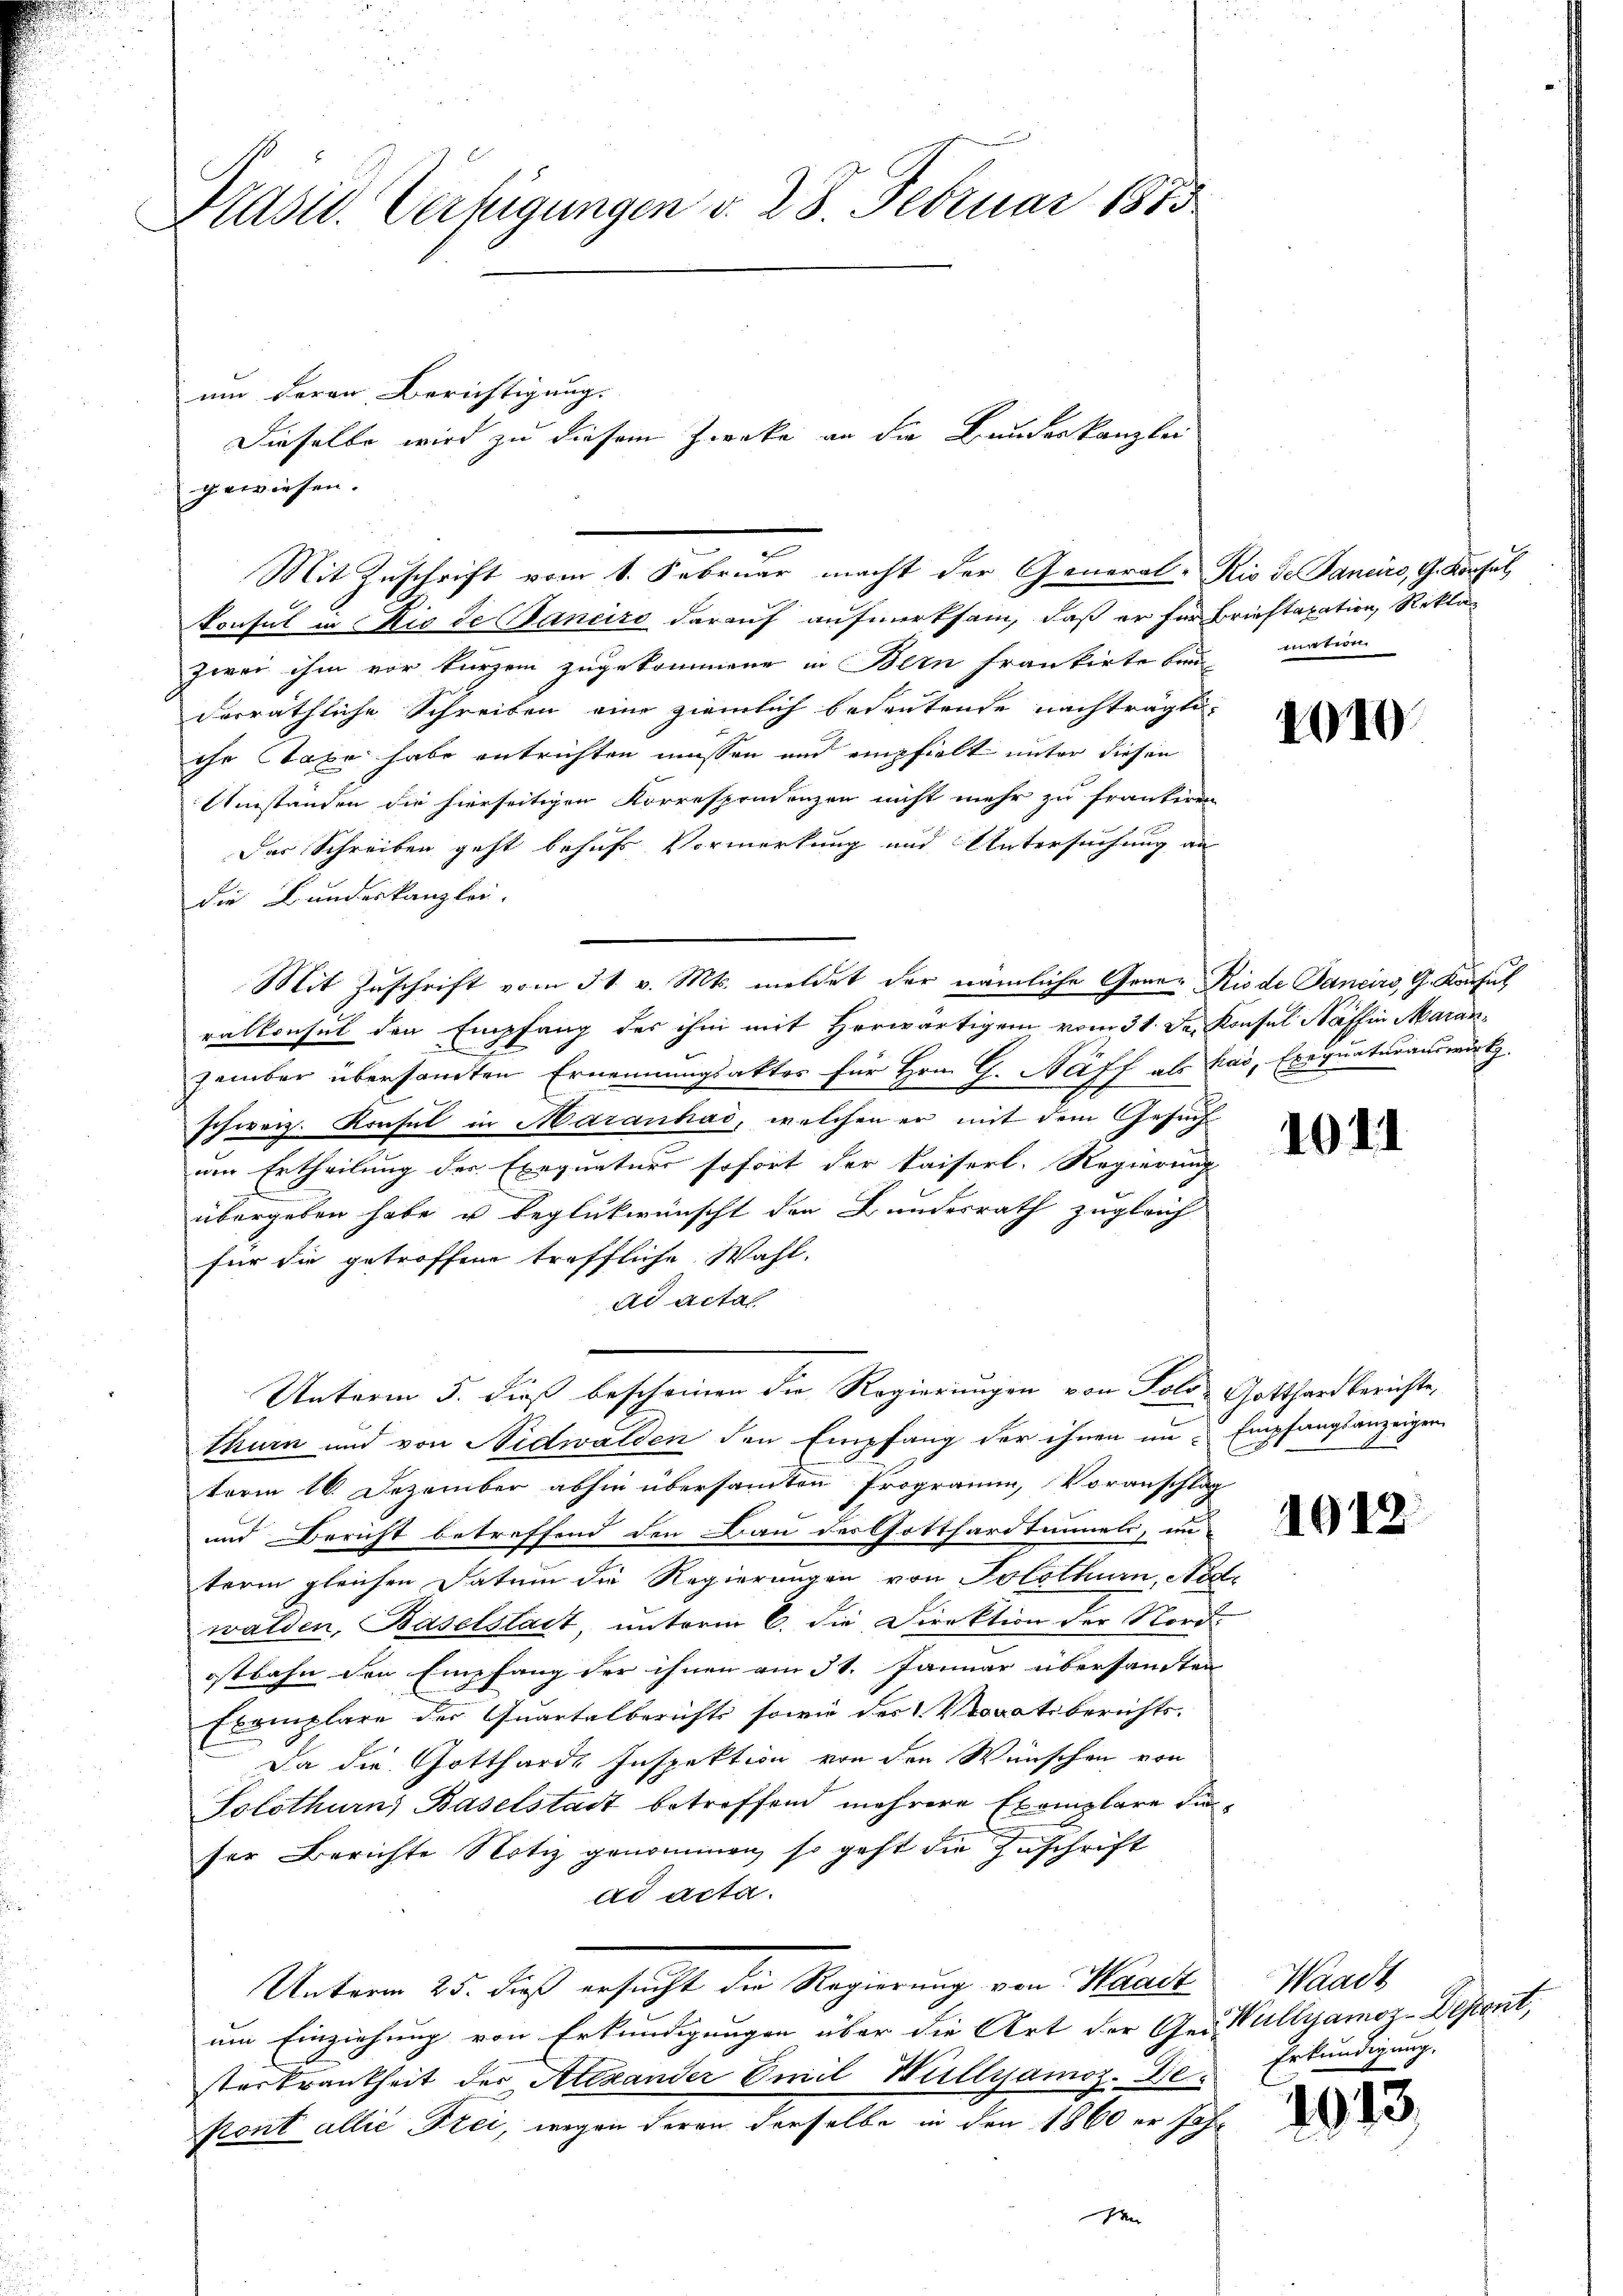
Präsid. Verfügungen v. 28. Februar 1885

um deren Berichtigung.
gewiesen.

konsul in Die de Janeiro darauf aufmerksam, daß er für Brieftaxation, Reklag
zwei ihm vor kurzem zugekommene in Bern frankirte bei
derräthliche Schreiben eine ziemlich bedeutende nachträgti-
ihr Stapo habe entrichten müssen und empfielt unter diesen
Umständen die hierseitigen Korrespondenzen nicht mehr zu frankeren
Der Schreiben geht behufs Vormerkung und Untersuchung an
die Bundeskanzlei.
Mit Zuschrift vom 31. v. Mts. meldet der nämliche Granz Rio de Sancirs, G. Konsul
ralkonsul den Empfang des ihm mit Herwärtigem vom 31. Der Konsul Nafin Aarau
zember übersandten Ernennungsaktes für Hrn. G. Näff als kas, Exequaturauswirth
schweiz. Konsul in Maranhad, welchen er mit dem Gesuch
um Ertheilung der Exequaturs sofort der Kaiserl. Regierung
übergeben habe u beglükwünscht den Bundesrath zugleich
für die getroffend treffliche Wahl-
ad acta
Unterm 5. dieß bescheinen der Regierungen von Tolo Gotthard berichte,
thurn und von Nidwalden den Empfang der ihnen im Empfangsanzeigen
term 16. Dezember abhin übersammten Programm, Voranschlag
und Bericht betreffend den Bau der Gotthardtimmels, in
term gleichen Datum die Regierungen von Solothurn, Nid
walden, Baselstadt, unterm 6. die Direktion der Nord-
ostbahn den Empfang der ihnen am 31. Januar übersandten
Exemplare der Quartalberichts sowie der Voratsberichts-
Da die Gottharde Inspektion von den Wünschen von
Solothurn, Baselstadt betreffend mehrere Exemplare dieser Berichte Notiz genommen, so geht die Zuschrift
ad acta.
Unterm 25. dieß ersucht die Regierung von Waadt Waadt
um Einziehung von Erkundigungen über die Art der Ges. Wullyamoz-Depart,
sterkrankheit der Alexander Emil Willyamoz. Die Erkŭndigŭng.
pont allie Frei, wegen deren derselbe in den 1860 er Jahr
e

Dieselbe wird zu diesem Zwecke an die Bundeskanzlei

Mit Zuschrift vom 1. Februar macht der General-Rio de Panciro, G. Konsul

mitein

1910.

10. II

1912.

1013.